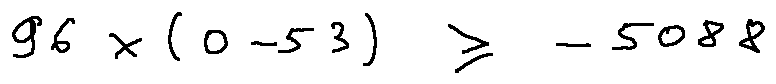
9 6 \times ( 0 - 5 3 ) \geq - 5 0 8 8